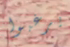
يرغبوا